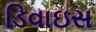
ડિવાઇસ